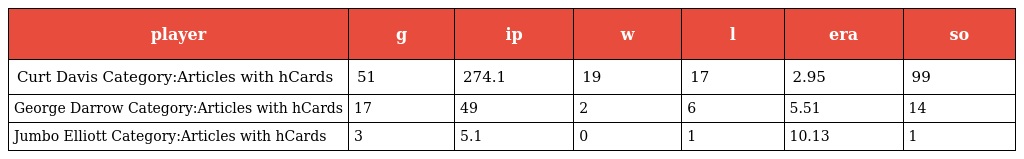
| player | g | ip | w | l | era | so |
 | --- | --- | --- | --- | --- | --- | --- |
 | Curt Davis Category:Articles with hCards | 51 | 274.1 | 19 | 17 | 2.95 | 99 |
 | George Darrow Category:Articles with hCards | 17 | 49 | 2 | 6 | 5.51 | 14 |
 | Jumbo Elliott Category:Articles with hCards | 3 | 5.1 | 0 | 1 | 10.13 | 1 |